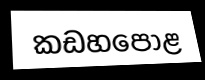
කඩහපොළ